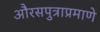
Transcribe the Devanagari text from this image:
औरसपुत्राप्रमाणे